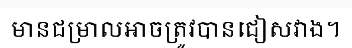
មានជម្រាលអាចត្រូវបានជៀសវាង។